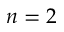
n = 2